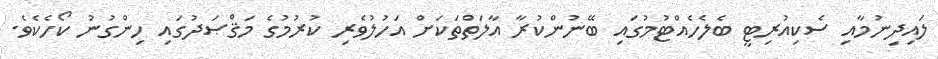
ލައިދިނުމާއި ސެކިއުރިޓީ ބެލެހެއްޓުމުގައި ބޭނުންކުރާ އާލަތްތަކަށް އަހުލުވެރި ކުރުމުގެ މަޤްޞަދުގައި ހިންގުނު ކޯހެކެވެ.